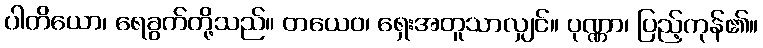
ပါတိယော၊ ရေခွက်တို့သည်။ တယေဝ၊ ရှေးအတူသာလျှင်။ ပုဏ္ဏာ၊ ပြည့်ကုန်၏။